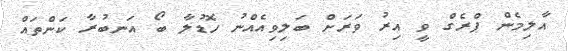
އާލިމެން ޕްރެގް ވީ އިރު ވަރަށް ބަލިވިއެއްނު ހޮޑުލާ ބޯ އަނބުރާ ކަންތައް